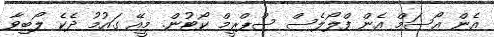
އެން އޯސަމް އެން ފްލޯލެސް ސްޕްރީމް ކޯޓުން. މީއޭ ގައުމު ދެކެ ލޯބިވާ